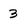
Character: 3